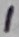
Text: 1